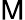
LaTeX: \sf M